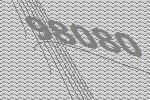
98080